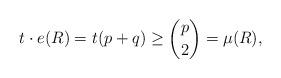
LaTeX: \begin{align*}t\cdot e(R)=t(p+q)\geq \binom{p}2=\mu(R),\end{align*}